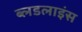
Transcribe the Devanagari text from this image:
ब्लडलाइंस